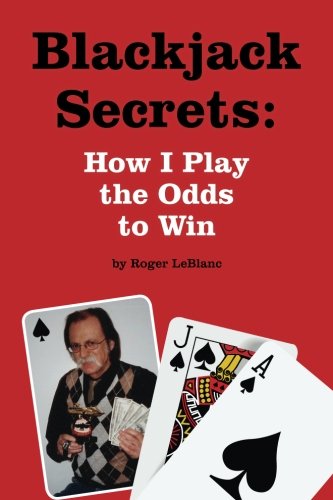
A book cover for Blackjack Secrets: How I Play the Odds to Win; Roger LeBlanc; Humor & Entertainment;